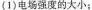
（1)电场强度的大小；